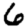
Digit: 6